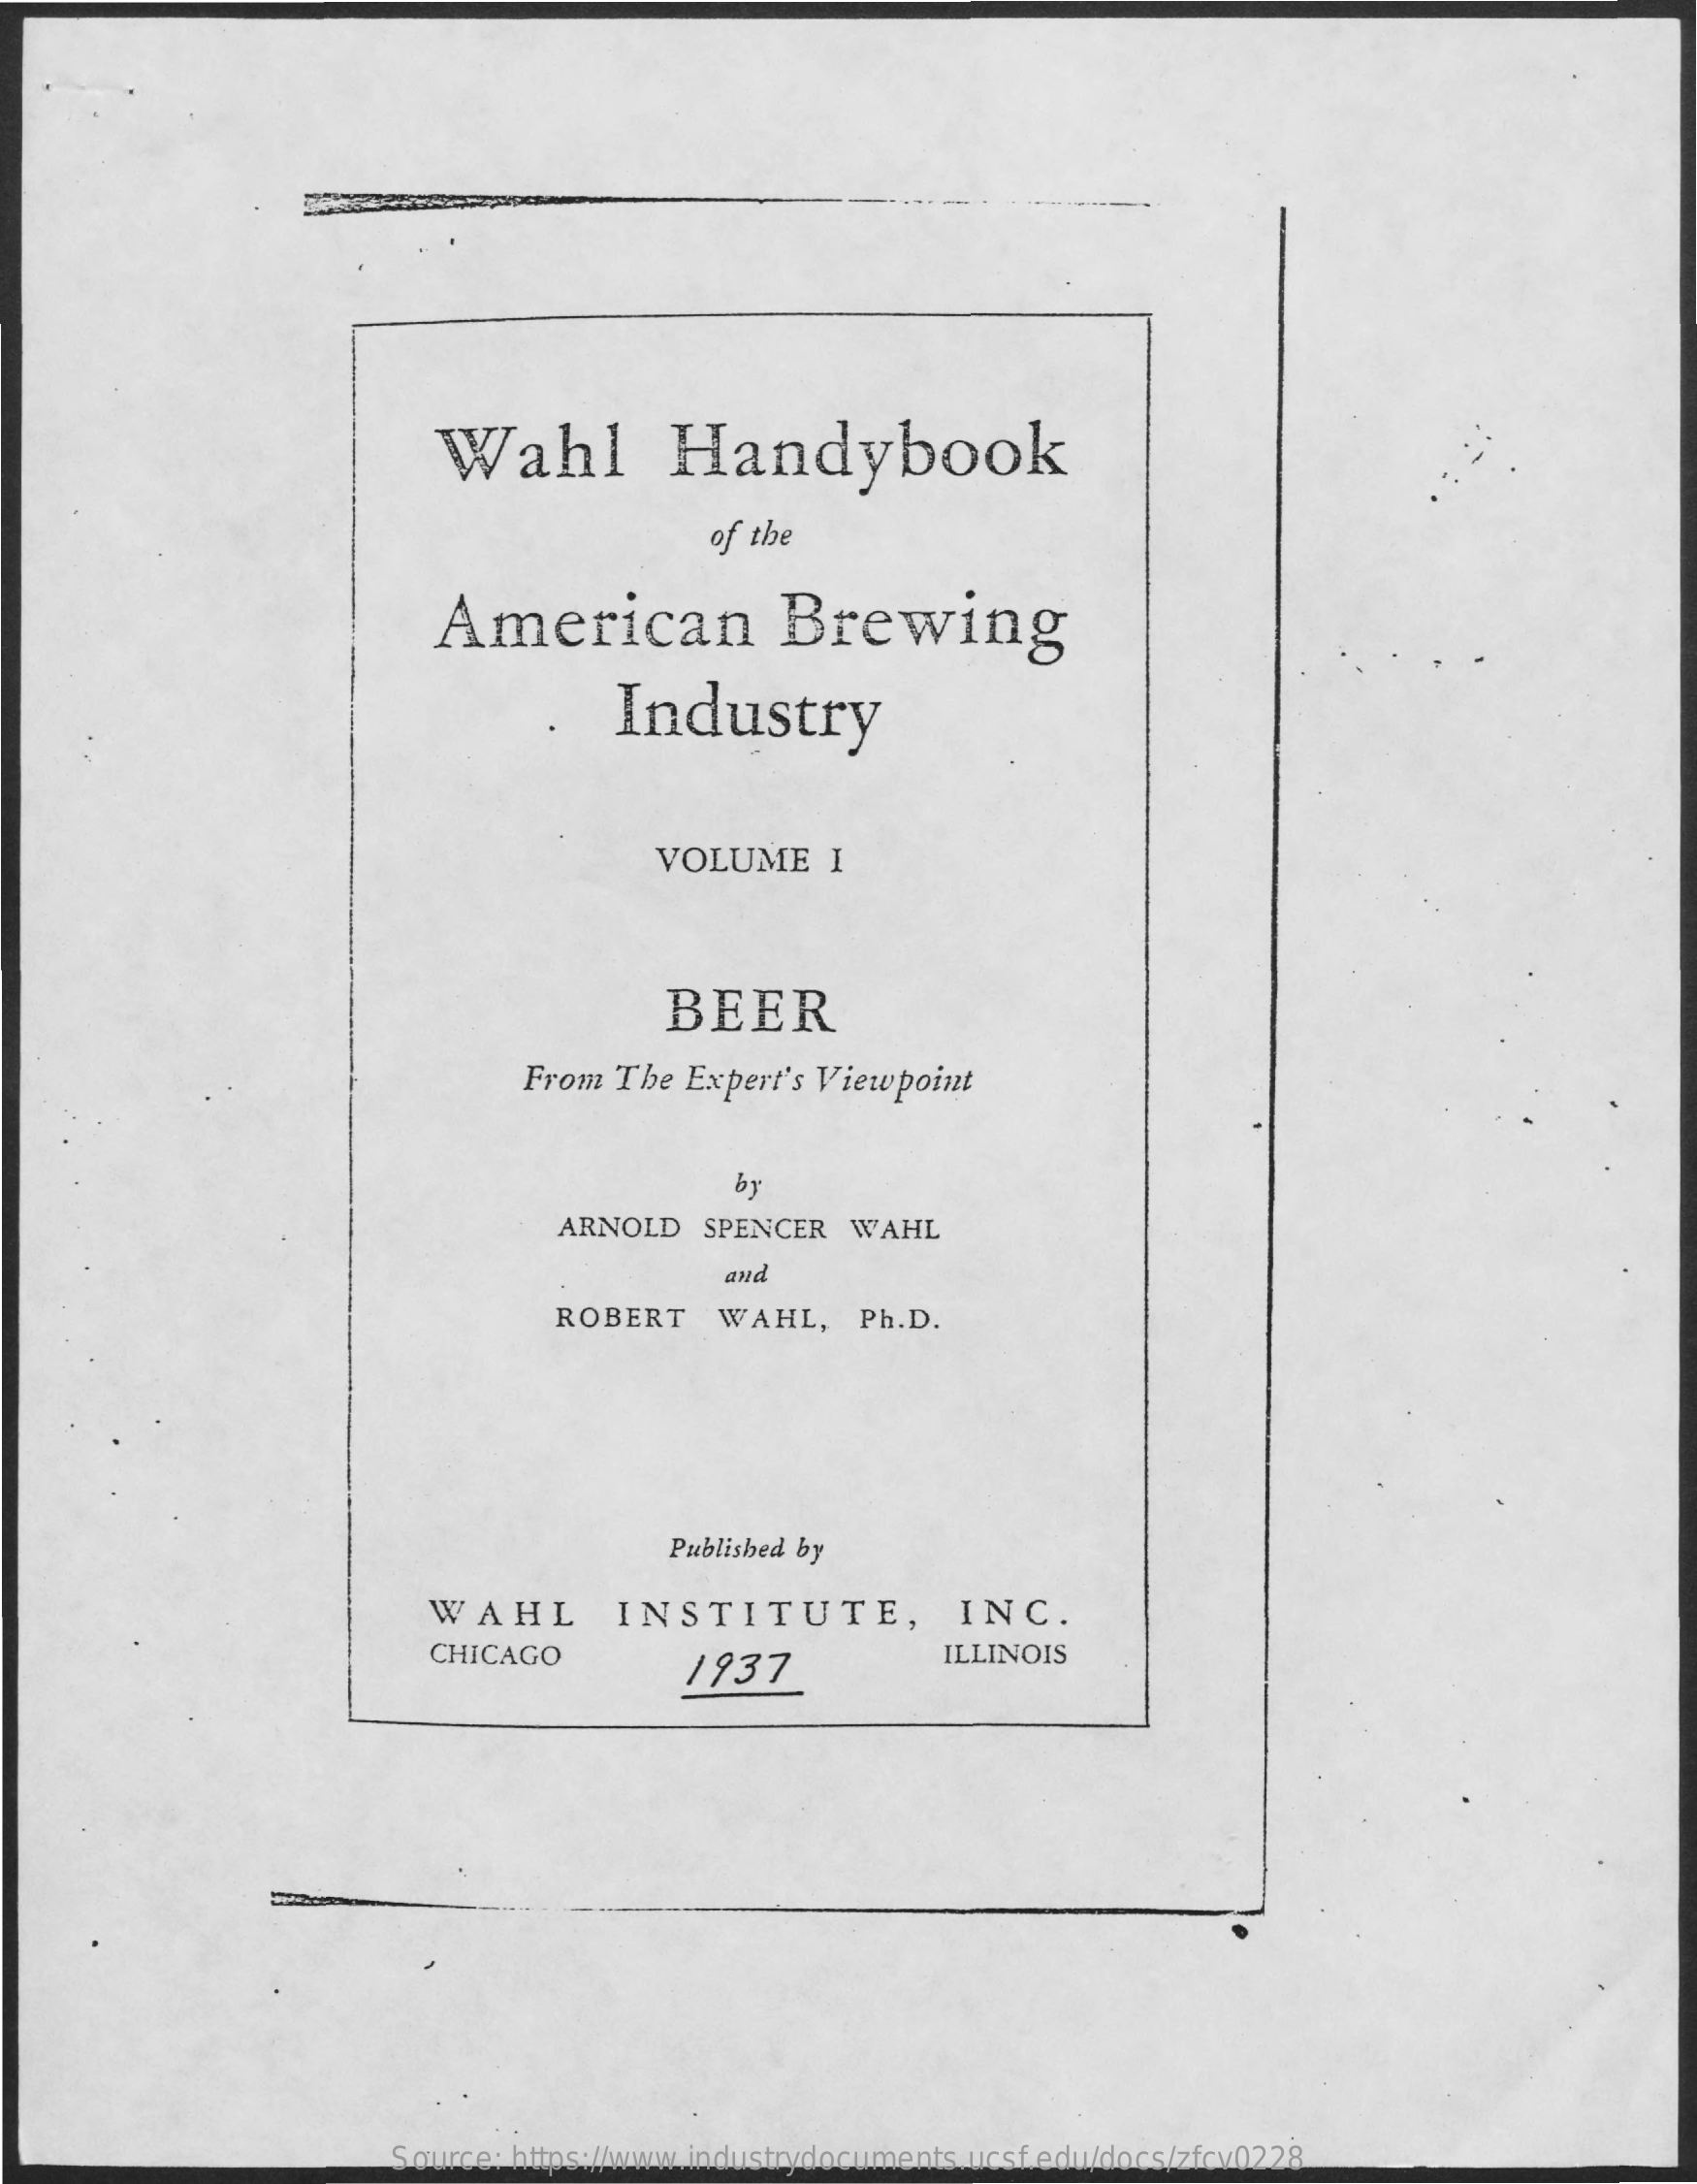
Wahl    Handybook
     of the
     American    Brewing
     Industry
     VOLUME    I
     BEER
     From  The Expert's Viewpoint
     by
     ARNOLD   SPENCER   WAHL
     ROBERT    WAHL,    Ph.D.
     Published by
     WAHL    INSTITUTE,    INC.
     CHICAGO
     1937
     ILLINOIS
     Source: https://www.industrydocuments.ucsf.edu/docs/zfcv0228